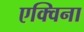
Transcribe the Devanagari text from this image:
एक्विना